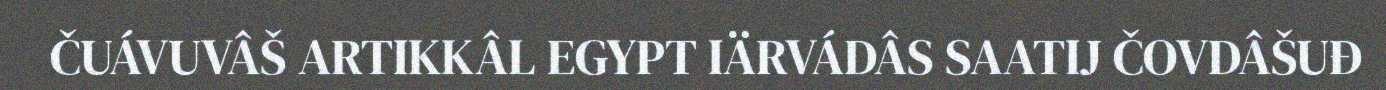
ČUÁVUVÂŠ ARTIKKÂL EGYPT IÄRVÁDÂS SAATIJ ČOVDÂŠUĐ